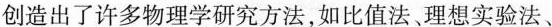
创造出了许多物理学研究方法，如比值法、理想实验法、